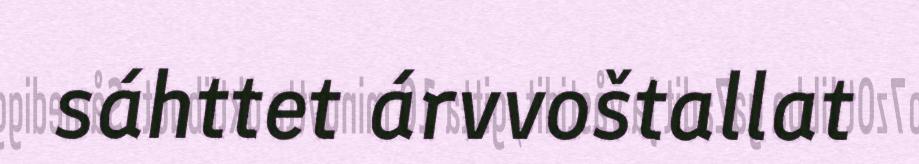
sáhttet árvvoštallat